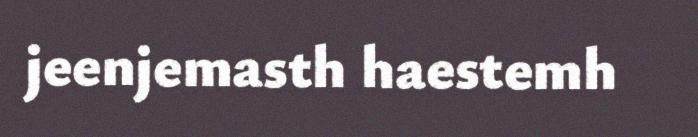
jeenjemasth haestemh